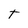
Character: T